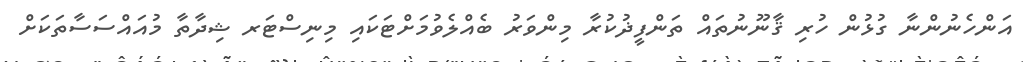
އަންހެނުންނާ ގުޅުން ހުރި ޤާނޫނުތައް ތަންފީޛުކުރާ މިންވަރު ބެއްލެވުމަށްޓަކައި މިނިސްޓަރ ޝިދާތާ މުއައްސަސާތަކަށް